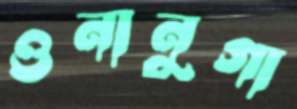
ওনানুগা